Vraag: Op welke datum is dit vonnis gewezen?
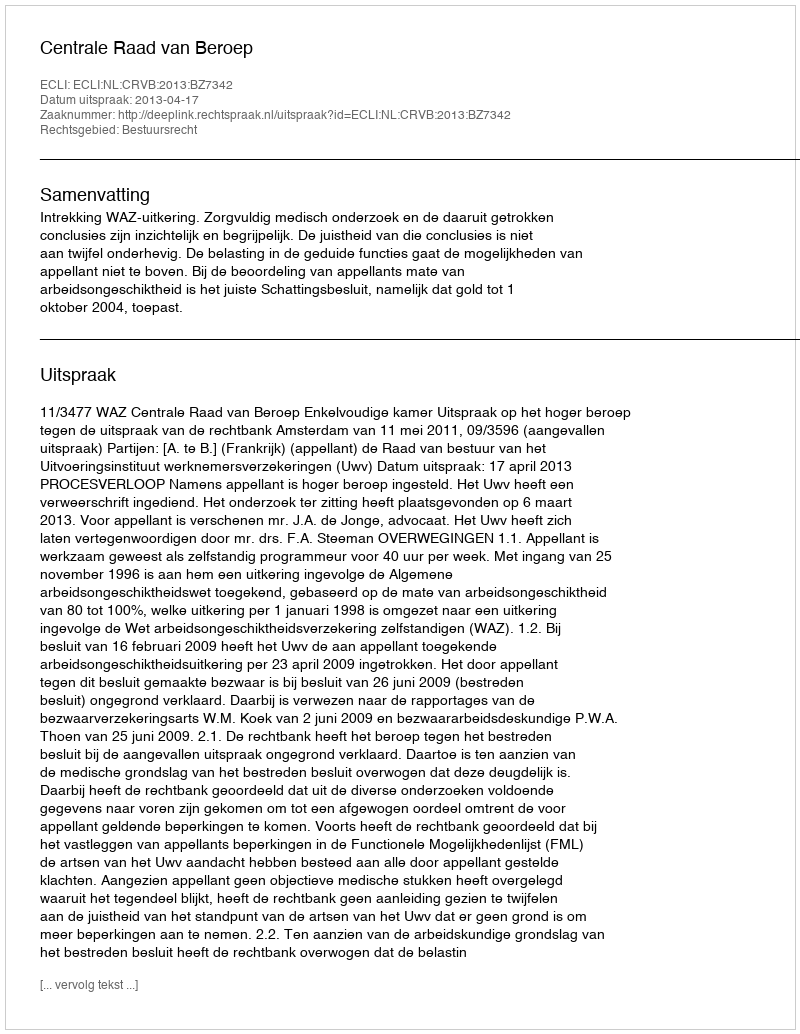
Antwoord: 2013-04-17